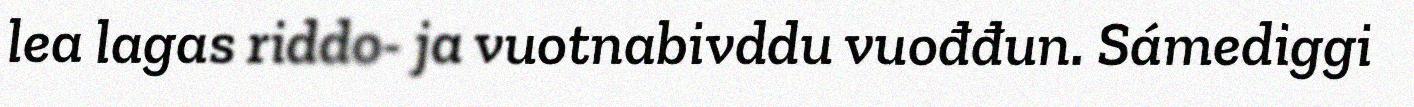
lea lagas riddo- ja vuotnabivddu vuođđun. Sámediggi